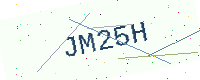
Text: JM25H